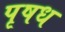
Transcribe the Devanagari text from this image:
पृषध